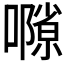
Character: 𡁸